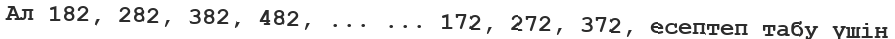
Ал 182, 282, 382, 482, ... ... 172, 272, 372, есептеп табу үшін